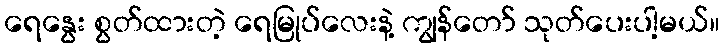
ရေနွေး စွတ်ထားတဲ့ ရေမြုပ်လေးနဲ့ ကျွန်တော် သုတ်ပေးပါ့မယ်။